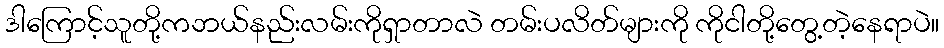
ဒါကြောင့်သူတို့ကဘယ်နည်းလမ်းကိုရှာတာလဲ တမ်းပလိတ်များကို ကိုငါတို့တွေ့တဲ့နေရာပဲ။